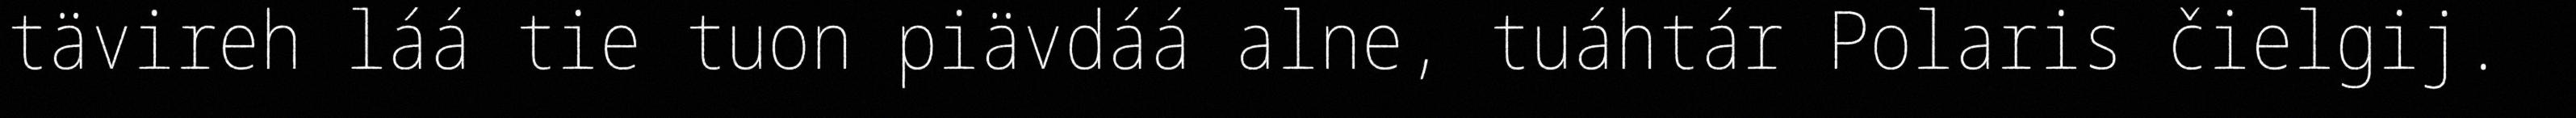
tävireh láá tie tuon piävdáá alne, tuáhtár Polaris čielgij.